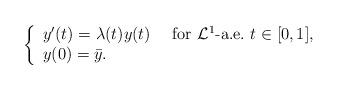
LaTeX: \begin{align*}\left\{\begin{array}{ll}y'(t)=\lambda(t)y(t)\quad\mbox{ for }\mathcal{L}^1\mbox{-a.e.\ }t\in[0,1],\\y(0)=\bar{y}.\end{array}\right.\end{align*}